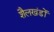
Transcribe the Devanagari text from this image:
शैलखंडों